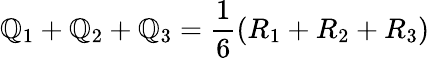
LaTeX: \mathbb{Q}_{1}+\mathbb{Q}_{2}+\mathbb{Q}_{3}=\frac{{1}}{{6}}(R_{1}+R_{2}+R_{3})